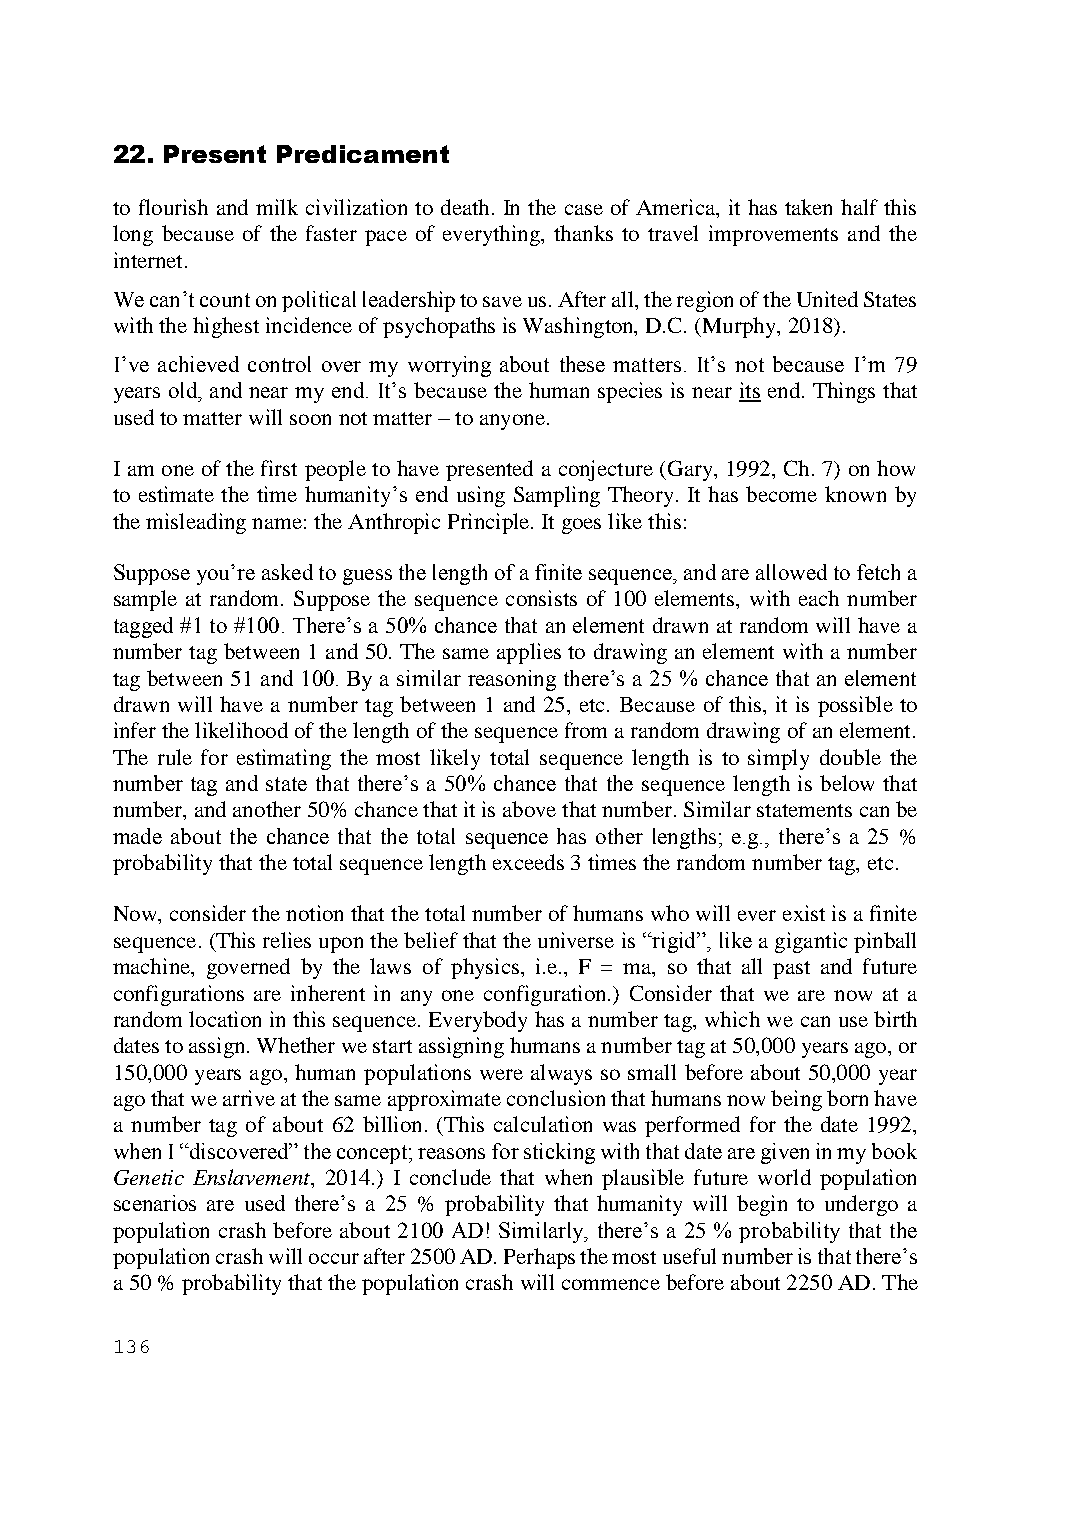
22. Present Predicament
 to flourish and milk civilization to death. In the case of America, it has taken half this
 long because of the faster pace of everything, thanks to travel improvements and the
 internet.
 We can’t count on political leadership to save us. After all, the region of the United States
 with the highest incidence of psychopaths is Washington, D.C. (Murphy, 2018).
 I’ve achieved control over my worrying about these matters. It’s not because I’m 79
 years old, and near my end. It’s because the human species is near its end. Things that
 used to matter will soon not matter – to anyone.
 I am one of the first people to have presented a conjecture (Gary, 1992, Ch. 7) on how
 to estimate the time humanity’s end using Sampling Theory. It has become known by
 the misleading name: the Anthropic Principle. It goes like this:
 Suppose you’re asked to guess the length of a finite sequence, and are allowed to fetch a
 sample at random. Suppose the sequence consists of 100 elements, with each number
 tagged #1 to #100. There’s a 50% chance that an element drawn at random will have a
 number tag between 1 and 50. The same applies to drawing an element with a number
 tag between 51 and 100. By a similar reasoning there’s a 25 % chance that an element
 drawn will have a number tag between 1 and 25, etc. Because of this, it is possible to
 infer the likelihood of the length of the sequence from a random drawing of an element.
 The rule for estimating the most likely total sequence length is to simply double the
 number tag and state that there’s a 50% chance that the sequence length is below that
 number, and another 50% chance that it is above that number. Similar statements can be
 made about the chance that the total sequence has other lengths; e.g., there’s a 25 %
 probability that the total sequence length exceeds 3 times the random number tag, etc.
 Now, consider the notion that the total number of humans who will ever exist is a finite
 sequence. (This relies upon the belief that the universe is “rigid”, like a gigantic pinball
 machine, governed by the laws of physics, i.e., F = ma, so that all past and future
 configurations are inherent in any one configuration.) Consider that we are now at a
 random location in this sequence. Everybody has a number tag, which we can use birth
 dates to assign. Whether we start assigning humans a number tag at 50,000 years ago, or
 150,000 years ago, human populations were always so small before about 50,000 year
 ago that we arrive at the same approximate conclusion that humans now being born have
 a number tag of about 62 billion. (This calculation was performed for the date 1992,
 when I “discovered” the concept; reasons for sticking with that date are given in my book
 Genetic Enslavement, 2014.) I conclude that when plausible future world population
 scenarios are used there’s a 25 % probability that humanity will begin to undergo a
 population crash before about 2100 AD! Similarly, there’s a 25 % probability that the
 population crash will occur after 2500 AD. Perhaps the most useful number is that there’s
 a 50 % probability that the population crash will commence before about 2250 AD. The
 136